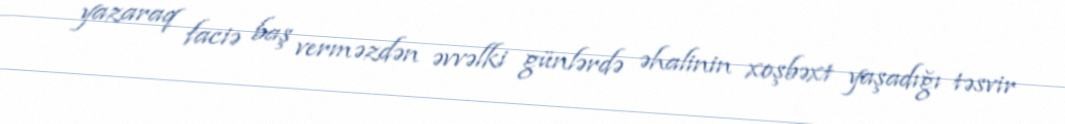
yazaraq faciə baş verməzdən əvvəlki günlərdə əhalinin xoşbəxt yaşadığı təsvir